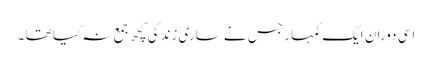
اسی دوران ایک کمہار جس نے ساری زندگی کچھ جمع نہ کیا تھا ۔